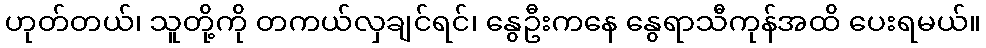
ဟုတ်တယ်၊ သူတို့ကို တကယ်လှချင်ရင်၊ နွေဦးကနေ နွေရာသီကုန်အထိ ပေးရမယ်။